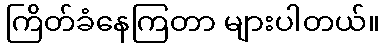
ကြိတ်ခံနေကြတာ များပါတယ်။